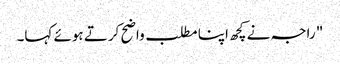
" راجہ نے کچھ اپنا مطلب واضح کرتے ہوئے کہا۔